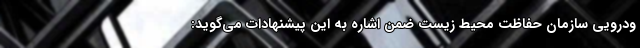
ودرویی سازمان حفاظت محیط زیست ضمن اشاره به این پیشنهادات می‌گوید: